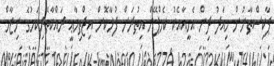
ޕާކިސްތާނުން މިއަދު ދިން އެހީއާއެކު ކެމްޕޭން އިތުރަށް ފުޅާކޮށް އިޖްތިމާޢީ ރައްކާތެރިކަމުގެ ނިޒާމް